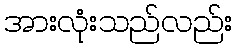
အားလုံးသည်လည်း